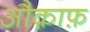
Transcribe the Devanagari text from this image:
औक़ाफ़